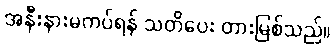
အနီးနားမကပ်ရန် သတိပေး တားမြစ်သည်။